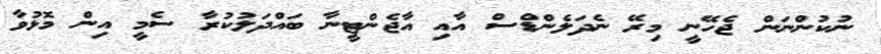
ނުކުންނަން ޖެހޭނީ މިރޭ ނެދަލެންޑްސް އާއި އާޖެންޓީނާ ބައްދަލުކުރާ ސެމީ އިން މޮޅުވާ